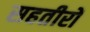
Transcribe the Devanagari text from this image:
सहतीरों